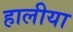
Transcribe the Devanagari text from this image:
हालीया